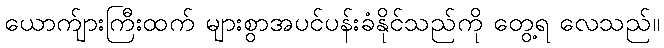
ယောက်ျားကြီးထက် များစွာအပင်ပန်းခံနိုင်သည်ကို တွေ့ရ လေသည်။